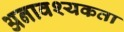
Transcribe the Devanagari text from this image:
अनावश्यकता